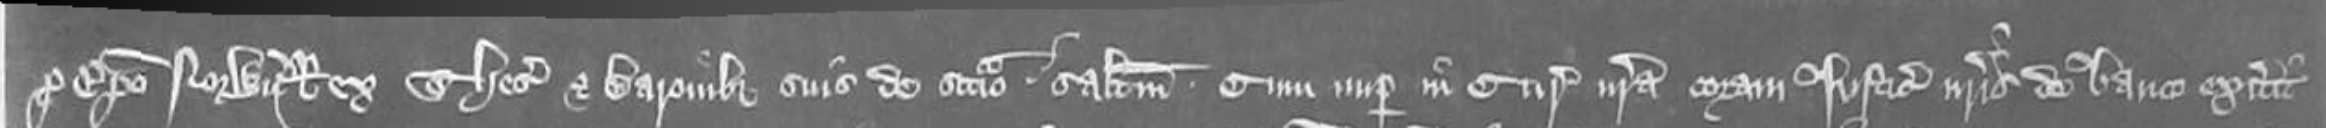
pro Episcopo Norwiciensis Rex Thesaurio et Baronibus suis de scaccario. salutem. Cum nuper in curia nostra coram Justiciariis nostris de banco extiterit